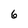
Character: 6